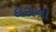
દાસનો